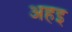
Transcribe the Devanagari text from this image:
अहइ